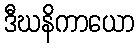
ဒီဃနိကာယော